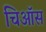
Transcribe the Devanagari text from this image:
चिऑस